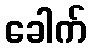
ခေါက်